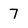
Character: 7